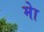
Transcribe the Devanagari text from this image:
मेा